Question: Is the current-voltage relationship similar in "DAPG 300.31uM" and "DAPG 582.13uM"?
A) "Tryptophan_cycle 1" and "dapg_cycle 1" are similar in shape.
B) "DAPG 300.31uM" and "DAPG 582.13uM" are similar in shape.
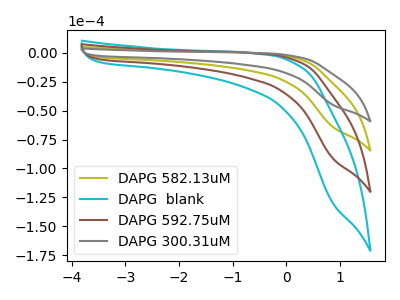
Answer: <think>The olive curve "DAPG 582.13uM" has no peaks. The cyan curve "DAPG  blank" has no peaks. The brown curve "DAPG 592.75uM" has no peaks. The gray curve "DAPG 300.31uM" has no peaks.
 Neither "DAPG 300.31uM" or "DAPG 582.13uM" have any peaks.</think>
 <answer>B) "DAPG 300.31uM" and "DAPG 582.13uM" are similar in shape.</answer>
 <eval>B</eval>